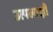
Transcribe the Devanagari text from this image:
उत्पलाक्षी